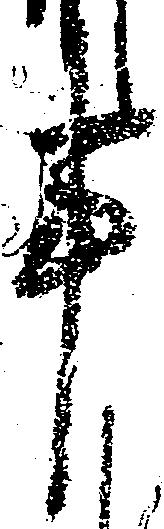
事